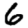
Digit: 6